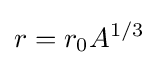
r=r_{0}A^{1/3}\,\!